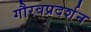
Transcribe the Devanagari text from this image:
गौरवप्रदर्शन